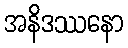
အနိဒဿနော